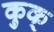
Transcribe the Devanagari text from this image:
कुक्